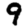
Digit: 9